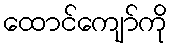
ထောင်ကျော်ကို